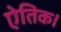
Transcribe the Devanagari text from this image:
ऐतिक।